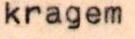
kragem